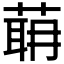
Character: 𦶈